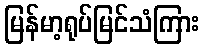
မြန်မာ့ရုပ်မြင်သံကြား